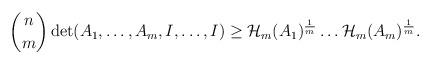
LaTeX: \begin{align*}\begin{aligned}\binom{n}{m}\det(A_1,\dots,A_m,I,\dots,I)\geq \mathcal{H}_m(A_1)^{\frac{1}{m}}\dots \mathcal{H}_m(A_m)^{\frac{1}{m}}.\end{aligned}\end{align*}